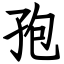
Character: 孢